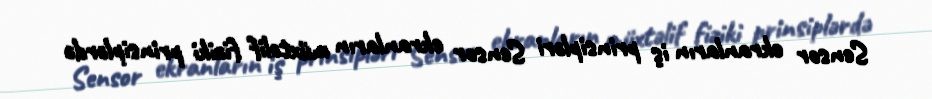
Sensor ekranların iş prinsipləri Sensor ekranların müxtəlif fiziki prinsiplərdə